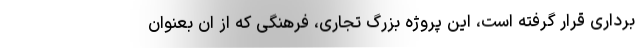
برداری قرار گرفته است، این پروژه بزرگ تجاری، فرهنگی که از ان بعنوان